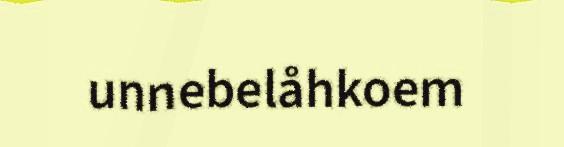
unnebelåhkoem